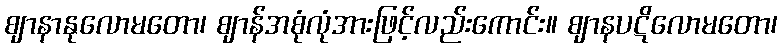
ဈာနာနုလောမတော၊ ဈာန်အစုံလုံအားဖြင့်လည်းကောင်း။ ဈာနပဋိလောမတော၊